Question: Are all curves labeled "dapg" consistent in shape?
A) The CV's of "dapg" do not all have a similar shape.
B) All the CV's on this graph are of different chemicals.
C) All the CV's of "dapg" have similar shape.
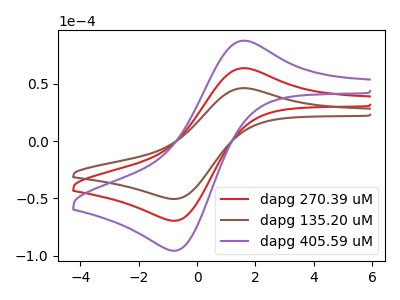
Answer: <think>The red curve "dapg 270.39 uM" has an anodic peak at (1.50V, 63.65uA) and a cathodic peak at (-0.75V, -69.50uA). The brown curve "dapg 135.20 uM" has an anodic peak at (1.50V, 46.25uA) and a cathodic peak at (-0.75V, -50.50uA). The purple curve "dapg 405.59 uM" has an anodic peak at (1.50V, 127.30uA) and a cathodic peak at (-0.75V, -139.00uA).
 All the peaks in "dapg 270.39 uM" have a peak in "dapg 135.20 uM" at the same potential. Every peak in "dapg 270.39 uM" is higher than every peak in "dapg 135.20 uM". All the peaks in "dapg 270.39 uM" have a peak in "dapg 405.59 uM" at the same potential. Every peak in "dapg 270.39 uM" is lower than every peak in "dapg 405.59 uM". All the peaks in "dapg 135.20 uM" have a peak in "dapg 405.59 uM" at the same potential. Every peak in "dapg 135.20 uM" is lower than every peak in "dapg 405.59 uM".</think>
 <answer>C) All the CV's of "dapg" have similar shape.</answer>
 <eval>C</eval>